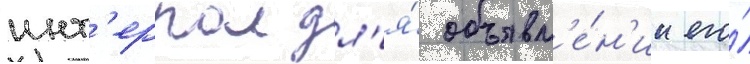
инт'ерпол дл'я́ объявл'е́н'ии его́